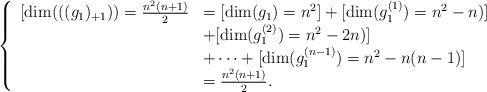
LaTeX: \begin{align*} \left\{ \begin{array}{ll} [\dim(((g_1)_{+1}))=\frac{n^2(n+1)}{2}&=[\dim(g_1)=n^2]+[\dim(g_1^{(1)})=n^2-n)]\\ &+[\dim(g_1^{(2)})=n^2-2n)]\\ &+\cdots+[\dim(g_1^{(n-1)})=n^2-n(n-1)]\\ &=\frac{n^2(n+1)}{2}.\\ \end{array} \right.\end{align*}